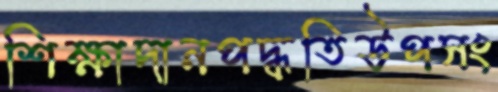
শিক্ষাদানপদ্ধতিউপসং